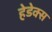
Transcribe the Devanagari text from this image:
हेडेक्स